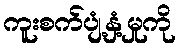
ကူးစက်ပျံ့နှံ့မှုကို